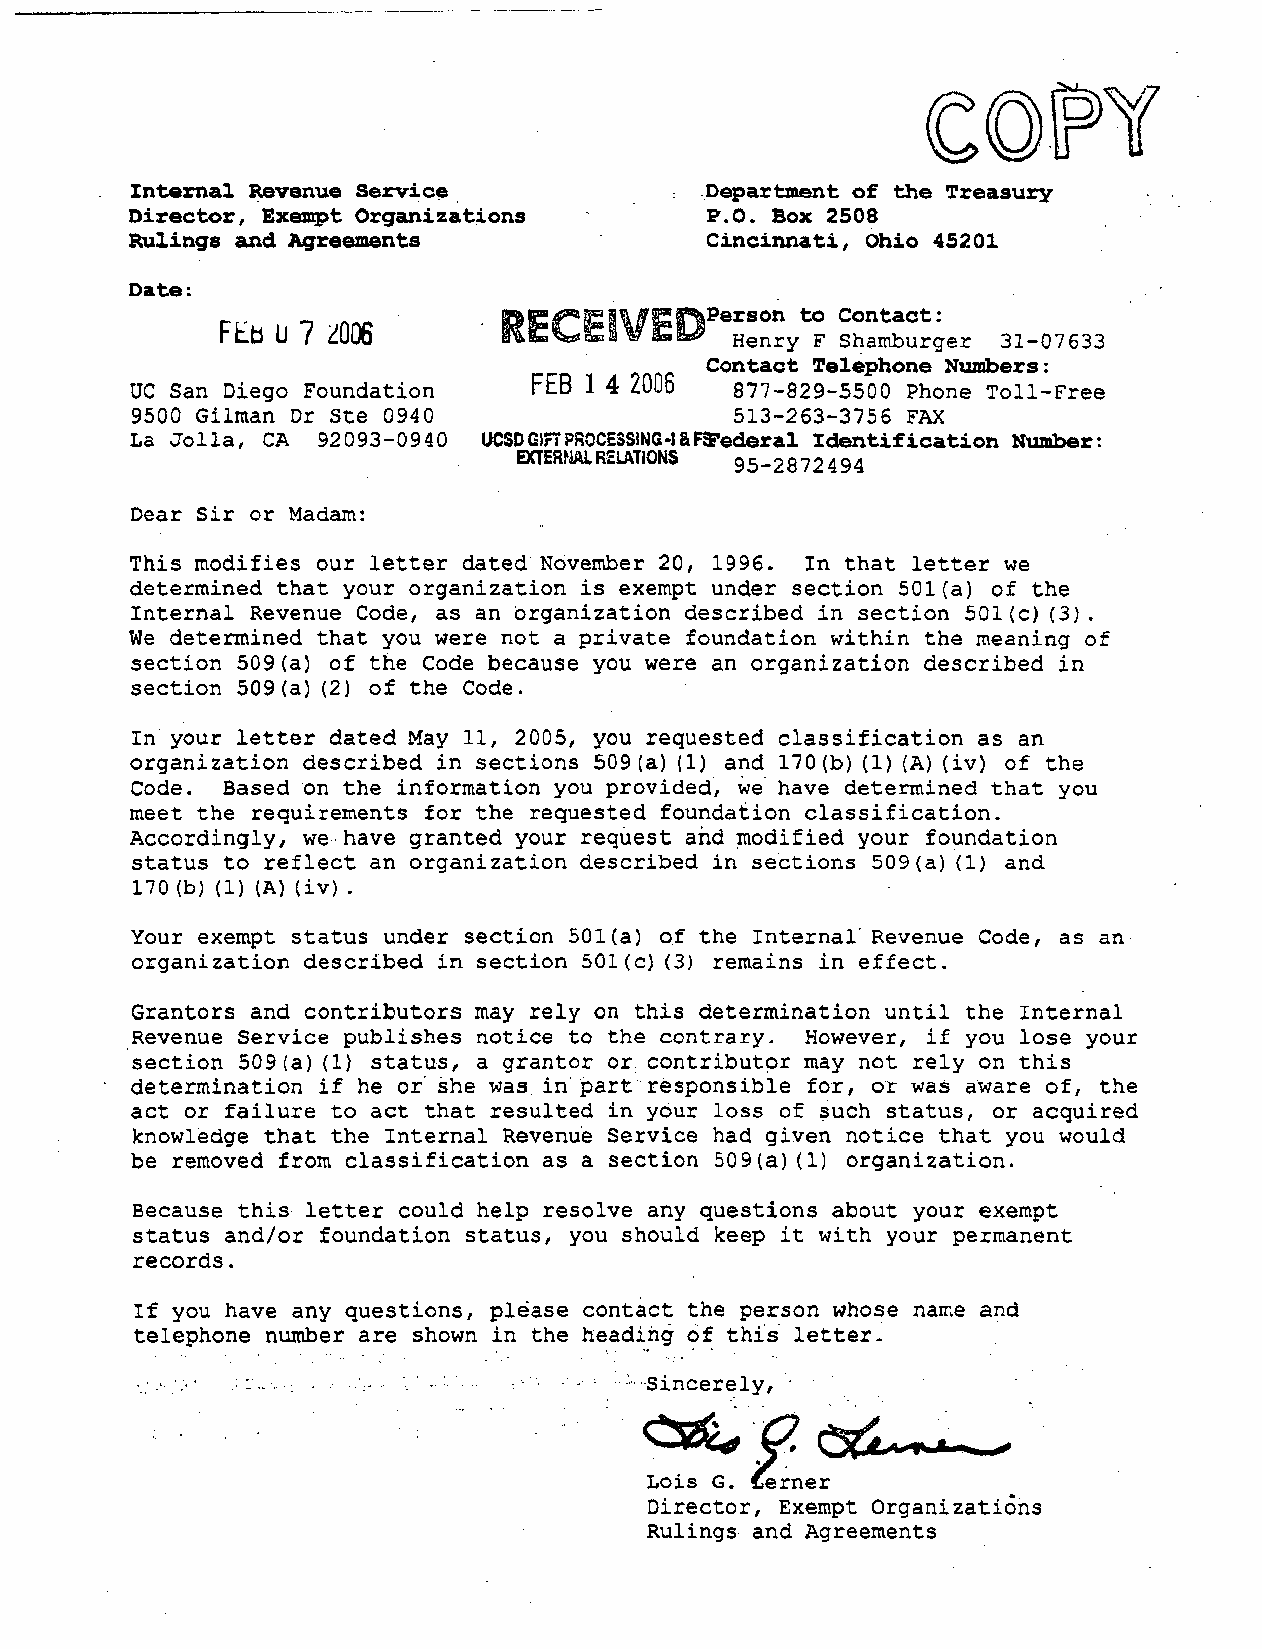
Internal +venue Service              .Department of the Treasury
 :
 Director, Exempt Organizations        P.O. Box 2508
 Rulings and Agreements                Cincinnati, Ohio 45201
 Date :
 Person to Contact:
 RECEiVED
 Henry F' Shamburger 31-07633
 Contact ~ele~honNeum bers :
 UC San Diego Foundation   FEB 1 4 20%   877-829-5500 Phone Toll-Free
 9500 Gilman Dr Ste 0940                 513-263-3756 FAX
 La Jolla, CA 920 93-094 0 UC5DGlFTPR3CE5SIN6-I BFSederal Identification Number :
 MTERPfiL RELATIONS 95 - 2 8 7 2 49 4
 Dear Sir or Madam:
 This modifies our letter dated November 20, 1996. In that letter we
 determined that your organization is exempt under section 501(a) of the
 Internal Revenue Code, as an organization described in section 501(c)(3).
 We determined that you were not a private foundation within the meaning of
 section 509(a) of the Code because you were an organization described in
 section 509 (a) (2) of the Code.
 In your letter dated May 11, 2005, you requested classification as an
 organization described in sections 509 (a)( 1) and 170 (b)( 1) (A)( iv) of the
 Code. Based on the information you provided, we have determined that you
 meet the requirements for the requested foundation classification.
 Accordingly, we have granted your request and modified your foundation
 status to reflect an organization described in sections 509(a) (1) and
 .
 170 (b)( 1)( A) (iv)
 Your exempt status under section 501(a) of the Internal' Revenue Code, as an
 organization described in section 501(c) (3) remains in effect.
 Grantors and contributors may rely on this determination until the Internal
 Revenue Service publishes notice to the contrary. However, if you lose your
 section 509(a)(l) status, a grantor or contributor may not rely on this
 determination if he or she was in part responsible for, or was aware of, the
 act or failure to act that resulted in your loss of such status, or acquired
 knowledge that the Internal Revenue Service had given notice that you would
 be removed from classification as a section 509(a) (1) organization.
 Because this letter could help resolve any questions about your exempt
 status and/or foundation status, you should keep it with your permanent
 records.
 If you have any questions, please contact the person whose name and
 telephone number are shown in the heading of this letter.
 ..
 '.. . L.. ... . . .. ._. _. _ _. ,. . -. .. . . . - .. . . . . . . . .. . . . . ... . . . . .. . . .: ..- .. .. S. i. ncerel- y, . '
 Director, Exempt 0rganizati;ns
 Rulings and Agreements